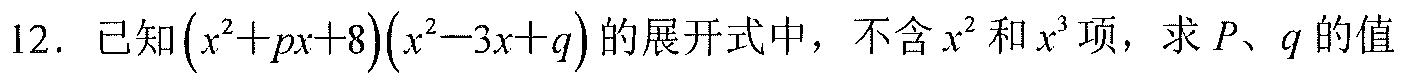
12. 已知\((x^{2}+px + 8)(x^{2}-3x + q)\)的展开式中，不含\(x^{2}\)和\(x^{3}\)项，求\(p、q\)的值